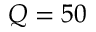
Q = 5 0